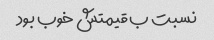
نسبت ب قیمتش خوب بود